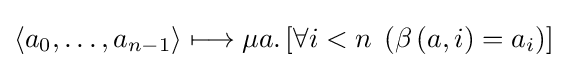
\left\langle a_{0},\dots ,a_{n-1}\right\rangle \longmapsto \mu a.\left[\forall i<n\;\left(\beta \left(a,i\right)=a_{i}\right)\right]